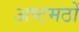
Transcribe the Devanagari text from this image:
अष्टमठों